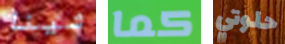
شينا كما حلوتي